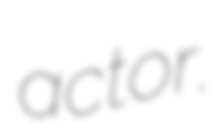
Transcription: actor.